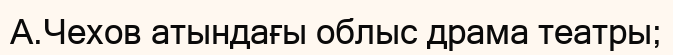
А.Чехов атындағы облыс драма театры;